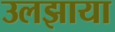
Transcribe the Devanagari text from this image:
उलझाया